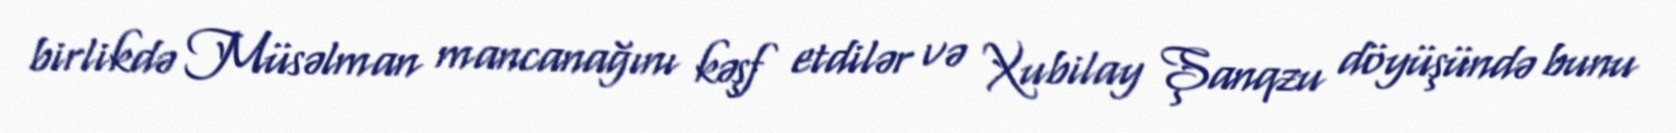
birlikdə Müsəlman mancanağını kəşf etdilər və Xubilay Şanqzu döyüşündə bunu